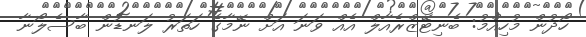
ހޯދުން މުހިއްމު: ބެނިޓޭޒްރެއާލް އެއް ވަނަ އަށް ނޭމާގެ ހަތަރު ލަނޑުން ބާސެލޯނާ